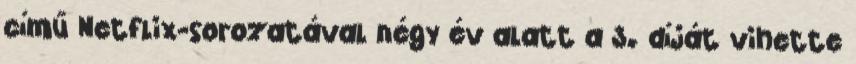
című Netflix-sorozatával négy év alatt a 3. díját vihette